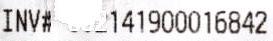
INV# 141900016842